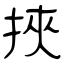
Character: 挾